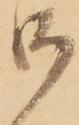
御